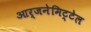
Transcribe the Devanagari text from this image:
आर्जनेमिट्टेल